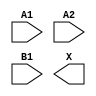
module sky130_fd_sc_ls__a21o (
    //# {{data|Data Signals}}
    input  A1,
    input  A2,
    input  B1,
    output X
);

    // Voltage supply signals
    supply1 VPWR;
    supply0 VGND;
    supply1 VPB ;
    supply0 VNB ;

endmodule